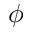
\phi